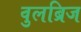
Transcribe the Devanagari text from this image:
वुलब्रिज